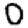
Digit: 0